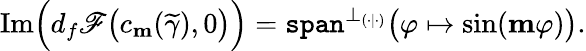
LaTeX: \textnormal{Im}\Big(d_{f}\mathscr{F}\big(c_{\mathbf{m}}(\widetilde{\gamma}),0\big)\Big)=\mathtt{span}^{\perp_{(\cdot|\cdot)}}\big(\varphi\mapsto\sin(\mathbf{m}\varphi)\big).